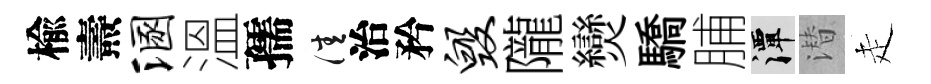
楡燾溷溫孺佳治矜毁隴𤓖驕脯潭潜走